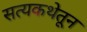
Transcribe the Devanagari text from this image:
सत्यकथेतून